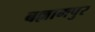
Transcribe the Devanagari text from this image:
बल्लामपुर